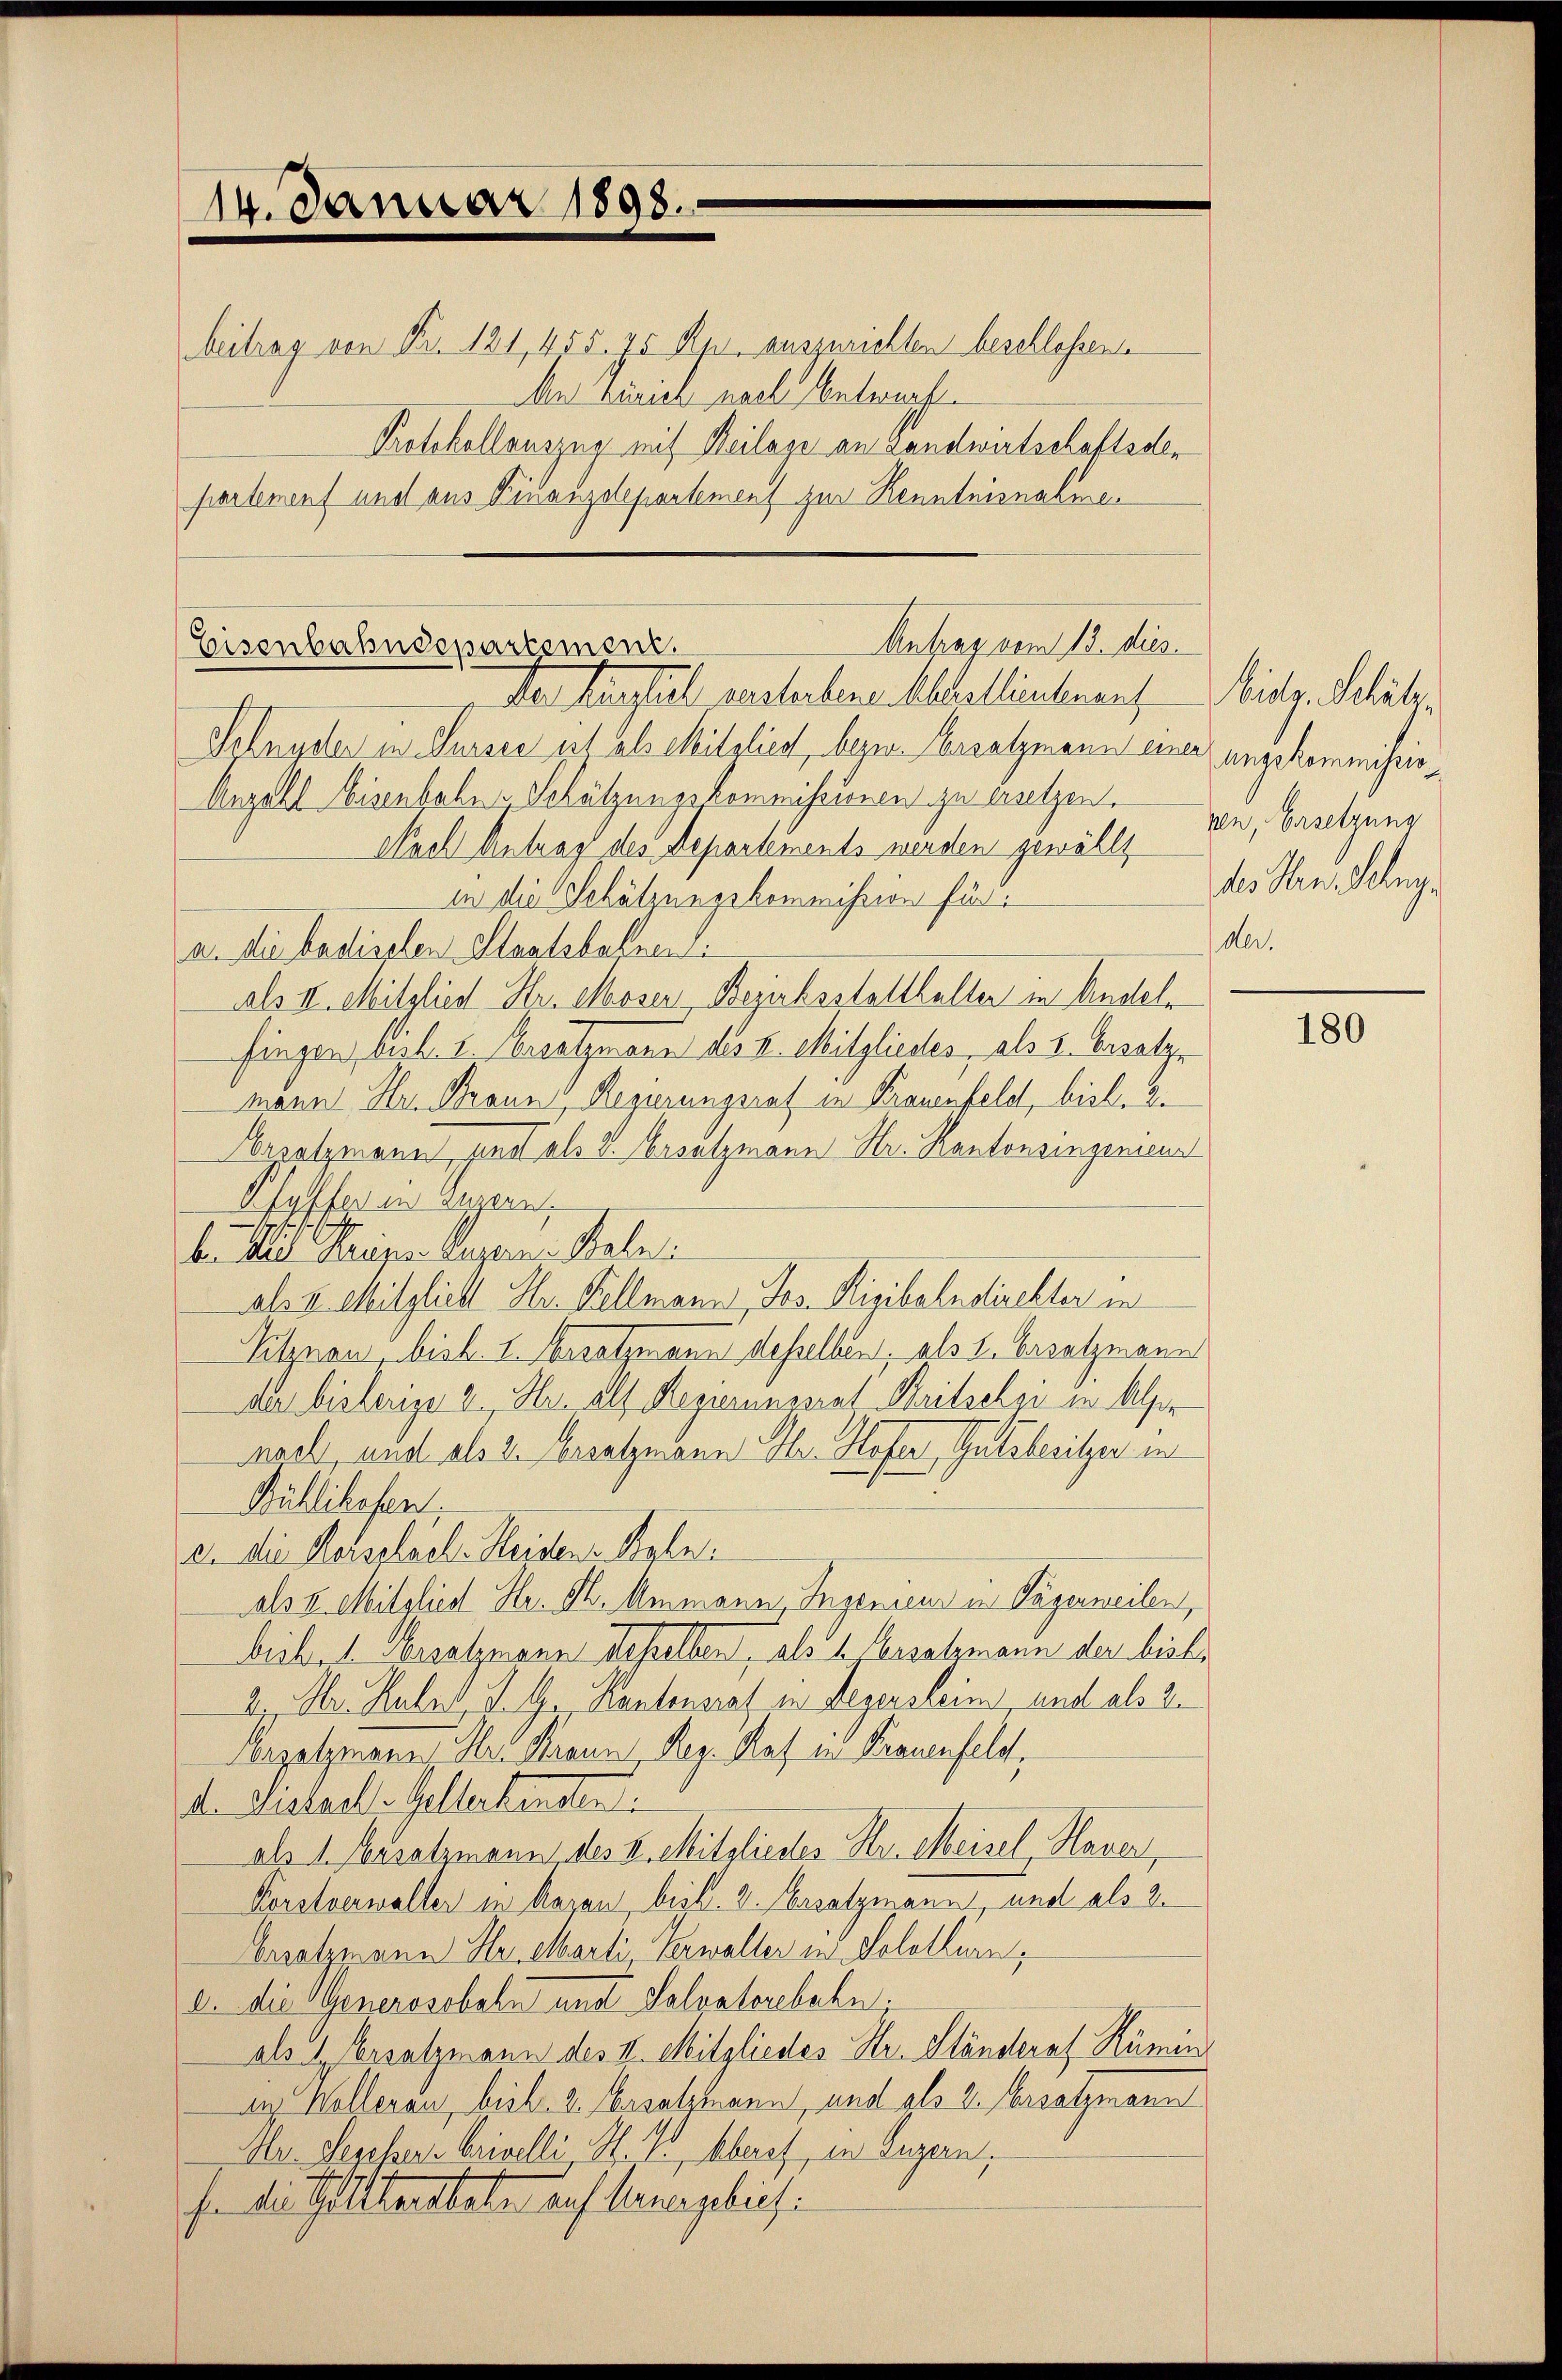
14. Januar 1898.

Antrag vom 13. Jus
Eisenbahndepartement.
Der künftel erstorbene Althellienkenant Mitte. Schli

Iohnyster in Sursee ist als Mitglied, bezw. Ersatzmann einer ungekommissio¬
Anzahl Eisenbahn, Schätzungskommissionen zu besetzen.
Nach Antrag des Departements werden gewählt, den, Ersetzen
in die Schätzungekommission für
a. die badischen Staatsbahren.
als II. Mitglied Hr. Moser Bezirksstatthalter in Andeln
fingen best. I. Besatzmann des II. Mitgliedes, als 5. Besatze
mann Hr. Brann, Regierungsrat in Kronesfeld, bisl. 2.
Arrolzmann sind als v. Ersatzmann Hr. Kantonsingeniena
Pfyffer in Appen,
b. Mit Kreise luzern. Balet.
als u. Mitglieht Hr. Kellmann, Jos. Rigibahndirekter in
Vitznau, bisl. 1. Besatzmann desselben als u. Ersatzmann
an bisherige 2., Hr. als Regierunseres Britselei in Alter
nach und als 2. Ersatzmann Dr. Hofer, Gutsbesitzer in
Büllikofen,
2. die Helsploch-Heiden Sohn.
als v. Mitglied Hr. Ph. Ammann, Ingenieur in Tägerweilen,
bieb. 1. Ersatzmann desselben, als 1 Ersatzmann der bishe
a. Hr. Huber, J. G. Kantonsrat in Legensleim, und als 2.
Arzatzmann Hr. Krann, Reg. Rat in Frauenfeld,
d. Diekad. Geltertenden
als 1. Ersatzmann, des V. Mitglieder Dr. Meisel, Haver,
Korstverwalter in Arzen, bist. 2. Ersatzmann, und als 2.
brsatzmann Her Marti, Verwalter in Solothurn,
2. die Generosobeln und Saloatorebeln.
als 1 Ersatzmann des II. Mitgliedes Hr. Ständerat Rümin
az. Kolleraus, heil. 2. Ersatzmann, und als 2. Ersatzmann
Mr. Segessers brinelli H. I. Aberuf, in Luzern,
h. die Gestatteten auf langelich:

beitrag von Nr. 121, 455. 75 Rp. auszurichten beschlossene
An Zürich nach Antropft.
Protokollauszug mit Heilage an Landwirtschaftsdepartement und aus Finanzdepartement zur Kenntnisnahme

ls Hrn. Geleg
der.

180